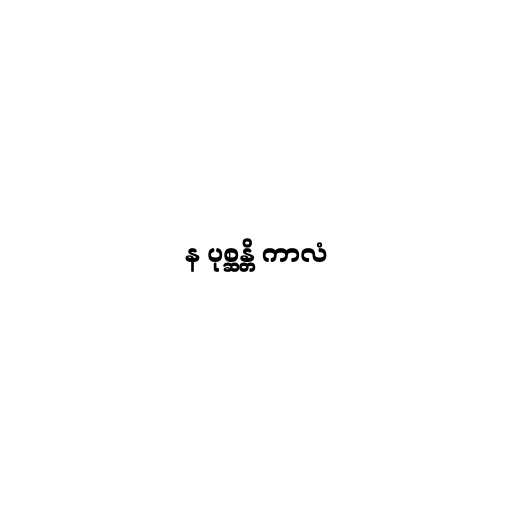
န ပုစ္ဆန္တိ ကာလံ